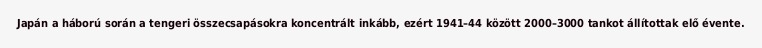
Japán a háború során a tengeri összecsapásokra koncentrált inkább, ezért 1941–44 között 2000–3000 tankot állítottak elő évente.